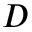
{ \cal D }